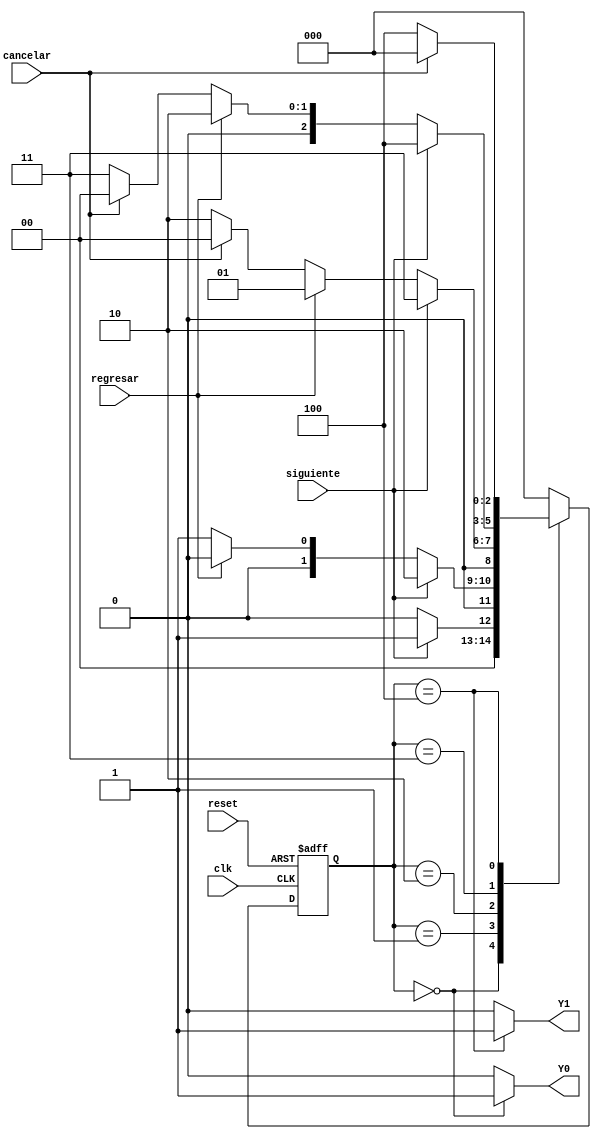
module Ordenar(input siguiente, regresar, cancelar, clk, reset, output reg Y0, Y1); //De las variables a utilizar se clasifican entre inputs y outputs
    reg [2:0] state, next_state; //Se establecen los estados con 3 bits
    parameter Menu = 3'b000, Comida = 3'b001, Bebida = 3'b010, Pago = 3'b011, Ordenconfirmada = 3'b100; //Se establecen los 5 estados con 3 bits
    
    // Nube combinacional para calcular el estado futuro y salidas

    always @ (siguiente or regresar or cancelar or state) begin 
        case (state)
            Menu: begin							//En Menu solo se establece: si siguiente es presionado pasa al estado Comida,
                    if (siguiente == 1)			//si no, se queda en Menu
                        next_state <= Comida;
					else
						next_state <= Menu;
                end
            Comida: begin						//En Comida se establece: si siguiente es presionada pasa al estado Bebida
                    if (siguiente == 1) 		//si es presionado regresar pasa al estado Menu
                        next_state <= Bebida; 	//si no se presiona ninguno de los dos se queda en el estado Comida
                    else if (regresar == 1)
                        next_state <= Menu;
					else
						next_state <= Comida;
                end
            Bebida: begin						//En Bebida se establece: si siguiente es presionado pasa al estado Pago
                    if (siguiente == 1) 		//si es presionado regresar pasa al estado Comida
                        next_state <= Pago; 	//si es presionado cancelar pasa al estado Menu
                    else if (regresar == 1)		////si no se presiona ninguno de los tres se queda en el estado Bebida
                        next_state <= Comida;
					else if (cancelar == 1)
						next_state <= Menu;
					else
						next_state <= Bebida;
                end
			Pago: begin							//En Bebida se establece: si siguiente es presionado pasa al estado Orden confirmada
                    if (siguiente == 1) 		//si es presionado regresar pasa al estado Bebida
                        next_state <= Ordenconfirmada; 	//si es presionado cancelar pasa al estado Menu
                    else if (regresar == 1)		//si no se presiona ninguno de los tres se queda en el estado Pago
                        next_state <= Bebida;
					else if (cancelar == 1)
						next_state <= Menu;
					else
						next_state <= Pago;
                end
			Ordenconfirmada: begin				//En Bebida se establece: si cancelar es presionado para al estado Menu
                    if (cancelar == 1) 			//si no se presiona cancelar se queda en el estado Orden confirmada
                        next_state <= Menu; 
					else
						next_state <= Ordenconfirmada; 						
                end
            default: 							//el estado de origen es Menu
				next_state <= Menu; 
        endcase
    end

    // Banco de flip flops
    always @ (posedge clk or posedge reset) begin	//Por cada flanco positivo de reloj se activa la accin deseada

        if (reset == 1)
            state <= Menu;
        else
            state <= next_state;
    end
	initial state <= 3'b000;
	
    // Nube combinacional para calcular las salidas
	 always @ (state) begin							
        case (state)
            Menu: begin 		//En el estado Menu Y0 se ilumina y Y1 se apaga
				Y0 <= 1'b1;
				Y1 <= 1'b0;
				end
            Comida: begin 		//En el estado Comida tanto Y0 como Y1 estan apagados
				Y0 <= 1'b0;
				Y1 <= 1'b0;
				end
            Bebida: begin 		//En el estado Bebida tanto Y0 como Y1 estan apagados
				Y0 <= 1'b0;
				Y1 <= 1'b0;
				end
			Pago: begin 		//En el estado Pago tanto Y0 como Y1 estan apagados
				Y0 <= 1'b0;
				Y1 <= 1'b0;
				end
			Ordenconfirmada: begin //En el estado Ordenconfirmada tanto Y0 como Y1 estan apagados
				Y0 <= 1'b0;
				Y1 <= 1'b1;
				end
            default: begin		//En su estado de origen Y0 y Y1 estan apagados
				Y0 <= 1'b0;
				Y1 <= 1'b0;
				end
        endcase
    end	
endmodule